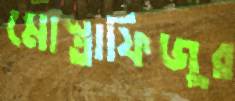
মোস্তাফিজুর